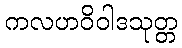
ကလဟဝိဝါဒသုတ္တ